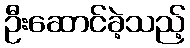
ဦးဆောင်ခဲ့သည့်